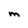
Character: m